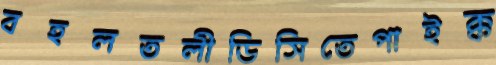
বহলতলীডিসিতেপাইক্ক